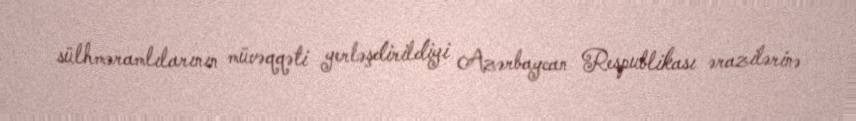
sülhməramlılarının müvəqqəti yerləşdirildiyi Azərbaycan Respublikası ərazilərinə